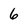
Character: 6